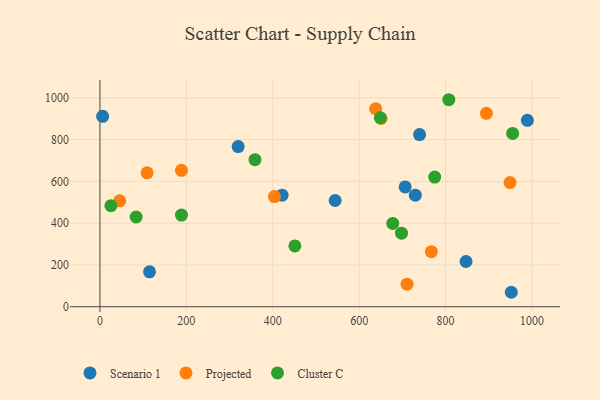
{"axis": {"x": "Ad Spend", "y": "Sales"}, "legend": ["Cluster C", "Projected", "Scenario 1"], "data": [{"x": "421.6", "y": 534.0, "type": "Scenario 1"}, {"x": "706.4", "y": 573.6, "type": "Scenario 1"}, {"x": "739.8", "y": 823.8, "type": "Scenario 1"}, {"x": "319.9", "y": 766.6, "type": "Scenario 1"}, {"x": "729.9", "y": 533.9, "type": "Scenario 1"}, {"x": "952.1", "y": 69.2, "type": "Scenario 1"}, {"x": "989.3", "y": 892.0, "type": "Scenario 1"}, {"x": "544.4", "y": 508.5, "type": "Scenario 1"}, {"x": "847.3", "y": 216.6, "type": "Scenario 1"}, {"x": "6.2", "y": 911.5, "type": "Scenario 1"}, {"x": "114.8", "y": 166.9, "type": "Scenario 1"}, {"x": "894.5", "y": 925.5, "type": "Projected"}, {"x": "403.8", "y": 527.2, "type": "Projected"}, {"x": "638.1", "y": 947.9, "type": "Projected"}, {"x": "109.2", "y": 640.7, "type": "Projected"}, {"x": "650.8", "y": 901.0, "type": "Projected"}, {"x": "949.1", "y": 594.1, "type": "Projected"}, {"x": "710.8", "y": 107.9, "type": "Projected"}, {"x": "188.7", "y": 652.8, "type": "Projected"}, {"x": "45.7", "y": 506.9, "type": "Projected"}, {"x": "767.1", "y": 263.5, "type": "Projected"}, {"x": "955.2", "y": 829.6, "type": "Cluster C"}, {"x": "774.8", "y": 620.6, "type": "Cluster C"}, {"x": "25.4", "y": 483.8, "type": "Cluster C"}, {"x": "83.8", "y": 429.6, "type": "Cluster C"}, {"x": "451.2", "y": 291.1, "type": "Cluster C"}, {"x": "188.7", "y": 438.8, "type": "Cluster C"}, {"x": "698.0", "y": 352.2, "type": "Cluster C"}, {"x": "677.7", "y": 398.5, "type": "Cluster C"}, {"x": "358.8", "y": 704.1, "type": "Cluster C"}, {"x": "648.9", "y": 904.5, "type": "Cluster C"}, {"x": "807.5", "y": 990.8, "type": "Cluster C"}]}